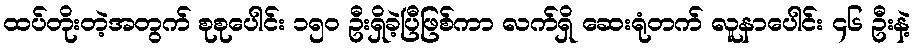
ထပ်တိုးတဲ့အတွက် စုစုပေါင်း ၁၅၀ ဦးရှိခဲ့ပြီဖြစ်ကာ လက်ရှိ ဆေးရုံတက် လူနာပေါင်း ၄၆ ဦးနဲ့